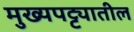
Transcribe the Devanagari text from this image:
मुख्यपट्ट्यातील